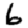
Digit: 6